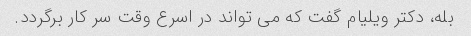
بله، دکتر ویلیام گفت که می تواند در اسرع وقت سر کار برگردد.